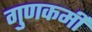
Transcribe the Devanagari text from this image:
गुणकर्मीं